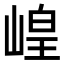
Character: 崲